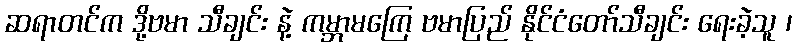
ဆရာတင်က ဒို့ဗမာ သီချင်း နဲ့ ကမ္ဘာမကြေ ဗမာပြည် နိုင်ငံတော်သီချင်း ရေးခဲ့သူ ၊